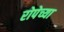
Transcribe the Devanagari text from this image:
रोपेच्या